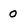
Character: 0